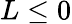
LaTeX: L\leq 0